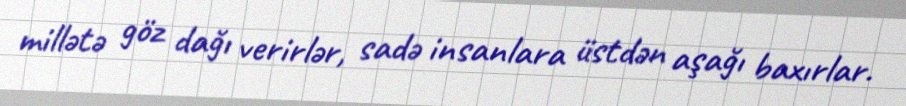
millətə göz dağı verirlər, sadə insanlara üstdən aşağı baxırlar.